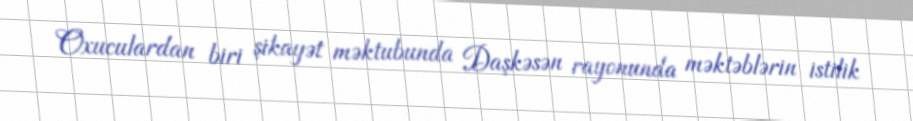
Oxuculardan biri şikayət məktubunda Daşkəsən rayonunda məktəblərin istilik